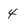
Character: 4